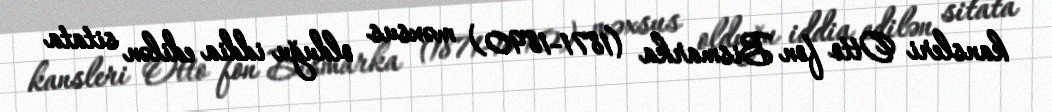
kansleri Otto fon Bismarka (1871-1890) məxsus olduğu iddia edilən sitata